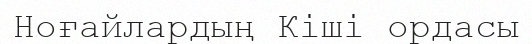
Ноғайлардың Кіші ордасы